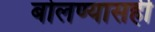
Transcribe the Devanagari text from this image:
बोलण्यासही